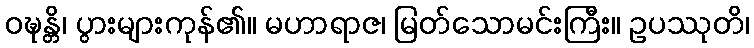
ဝဍ္ဎန္တိ၊ ပွားများကုန်၏။ မဟာရာဇ၊ မြတ်သောမင်းကြီး။ ဥပဿုတိ၊